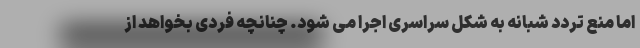
اما منع تردد شبانه به شکل سراسری اجرا می شود. چنانچه فردی بخواهد از